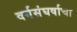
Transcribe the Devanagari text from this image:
वर्गसंघर्षाचा